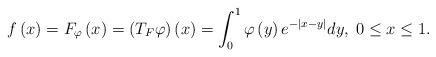
LaTeX: \begin{align*}f\left(x\right)=F_{\varphi}\left(x\right)=\left(T_{F}\varphi\right)\left(x\right)=\int_{0}^{1}\varphi\left(y\right)e^{-\left|x-y\right|}dy,\;0\leq x\leq1.\end{align*}